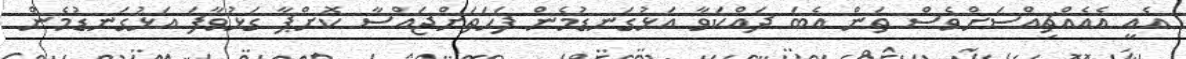
އެއީ އެއެއްޗިއްސަށްވެސް ތަން އެބަ ދައްކަވާ އަޅުގަނޑުމެން ފަހަތަށްޖައްސާ ކޮށްޕާ ގަޅުވާފަ އަޅުގަނޑުމެން